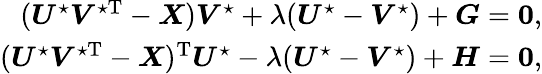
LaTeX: \begin{array}{r}{(\boldsymbol{U}^{\star}\boldsymbol{V}^{\star\mathrm{T}}-\boldsymbol{X})\boldsymbol{V}^{\star}+\lambda(\boldsymbol{U}^{\star}-\boldsymbol{V}^{\star})+\boldsymbol{G}=\boldsymbol{0},}\\ {(\boldsymbol{U}^{\star}\boldsymbol{V}^{\star\mathrm{T}}-\boldsymbol{X})^{\mathrm{T}}\boldsymbol{U}^{\star}-\lambda(\boldsymbol{U}^{\star}-\boldsymbol{V}^{\star})+\boldsymbol{H}=\boldsymbol{0},}\end{array}